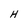
Character: H